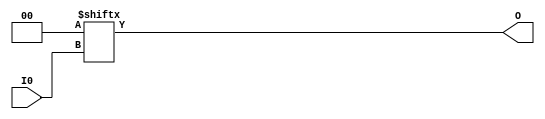
`ifdef verilator3
`else
`timescale 1 ps / 1 ps
`endif
//
// LUT1 primitive for Xilinx FPGAs
// Compatible with Verilator tool (www.veripool.org)
// Copyright (c) 2019-2022 Frdric REQUIN
// License : BSD
//

module LUT1
#(
    parameter [1:0] INIT = 2'b00
)
(
    input  wire I0,
    output wire O
);
    assign O = INIT[I0];

endmodule